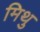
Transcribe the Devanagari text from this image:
मिथु